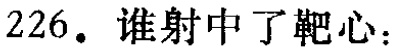
226. 谁射中了靶心：